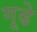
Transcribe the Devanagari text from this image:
गूढे